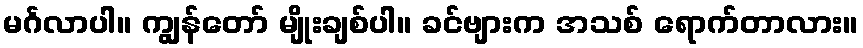
မင်္ဂလာပါ။ ကျွန်တော် မျိုးချစ်ပါ။ ခင်ဗျားက အသစ် ရောက်တာလား။